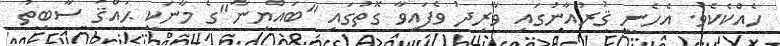
ހެއްކެކެވެ. އެހެނީ ޤުރުއާނުގައި ވާރިދު ވެފައިވާ ގޮތުގައި "ބައްޔިނާ"ގެ މާނަކީ ޙައްޤު ސާބިތު